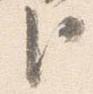
臣